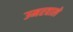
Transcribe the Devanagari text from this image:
उमरवाले